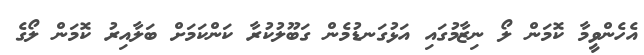
އެހެންވީމާ ކޮމަން ލޯ ނިޒާމުގައި އަޅުގަނޑުމެން ގަބޫލުކުރާ ކަންކަމަށް ބަލާއިރު ކޮމަން ލޯގެ